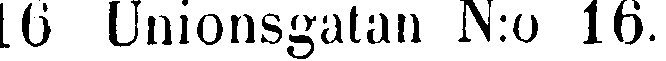
16 Unionsgatan N:o 16.